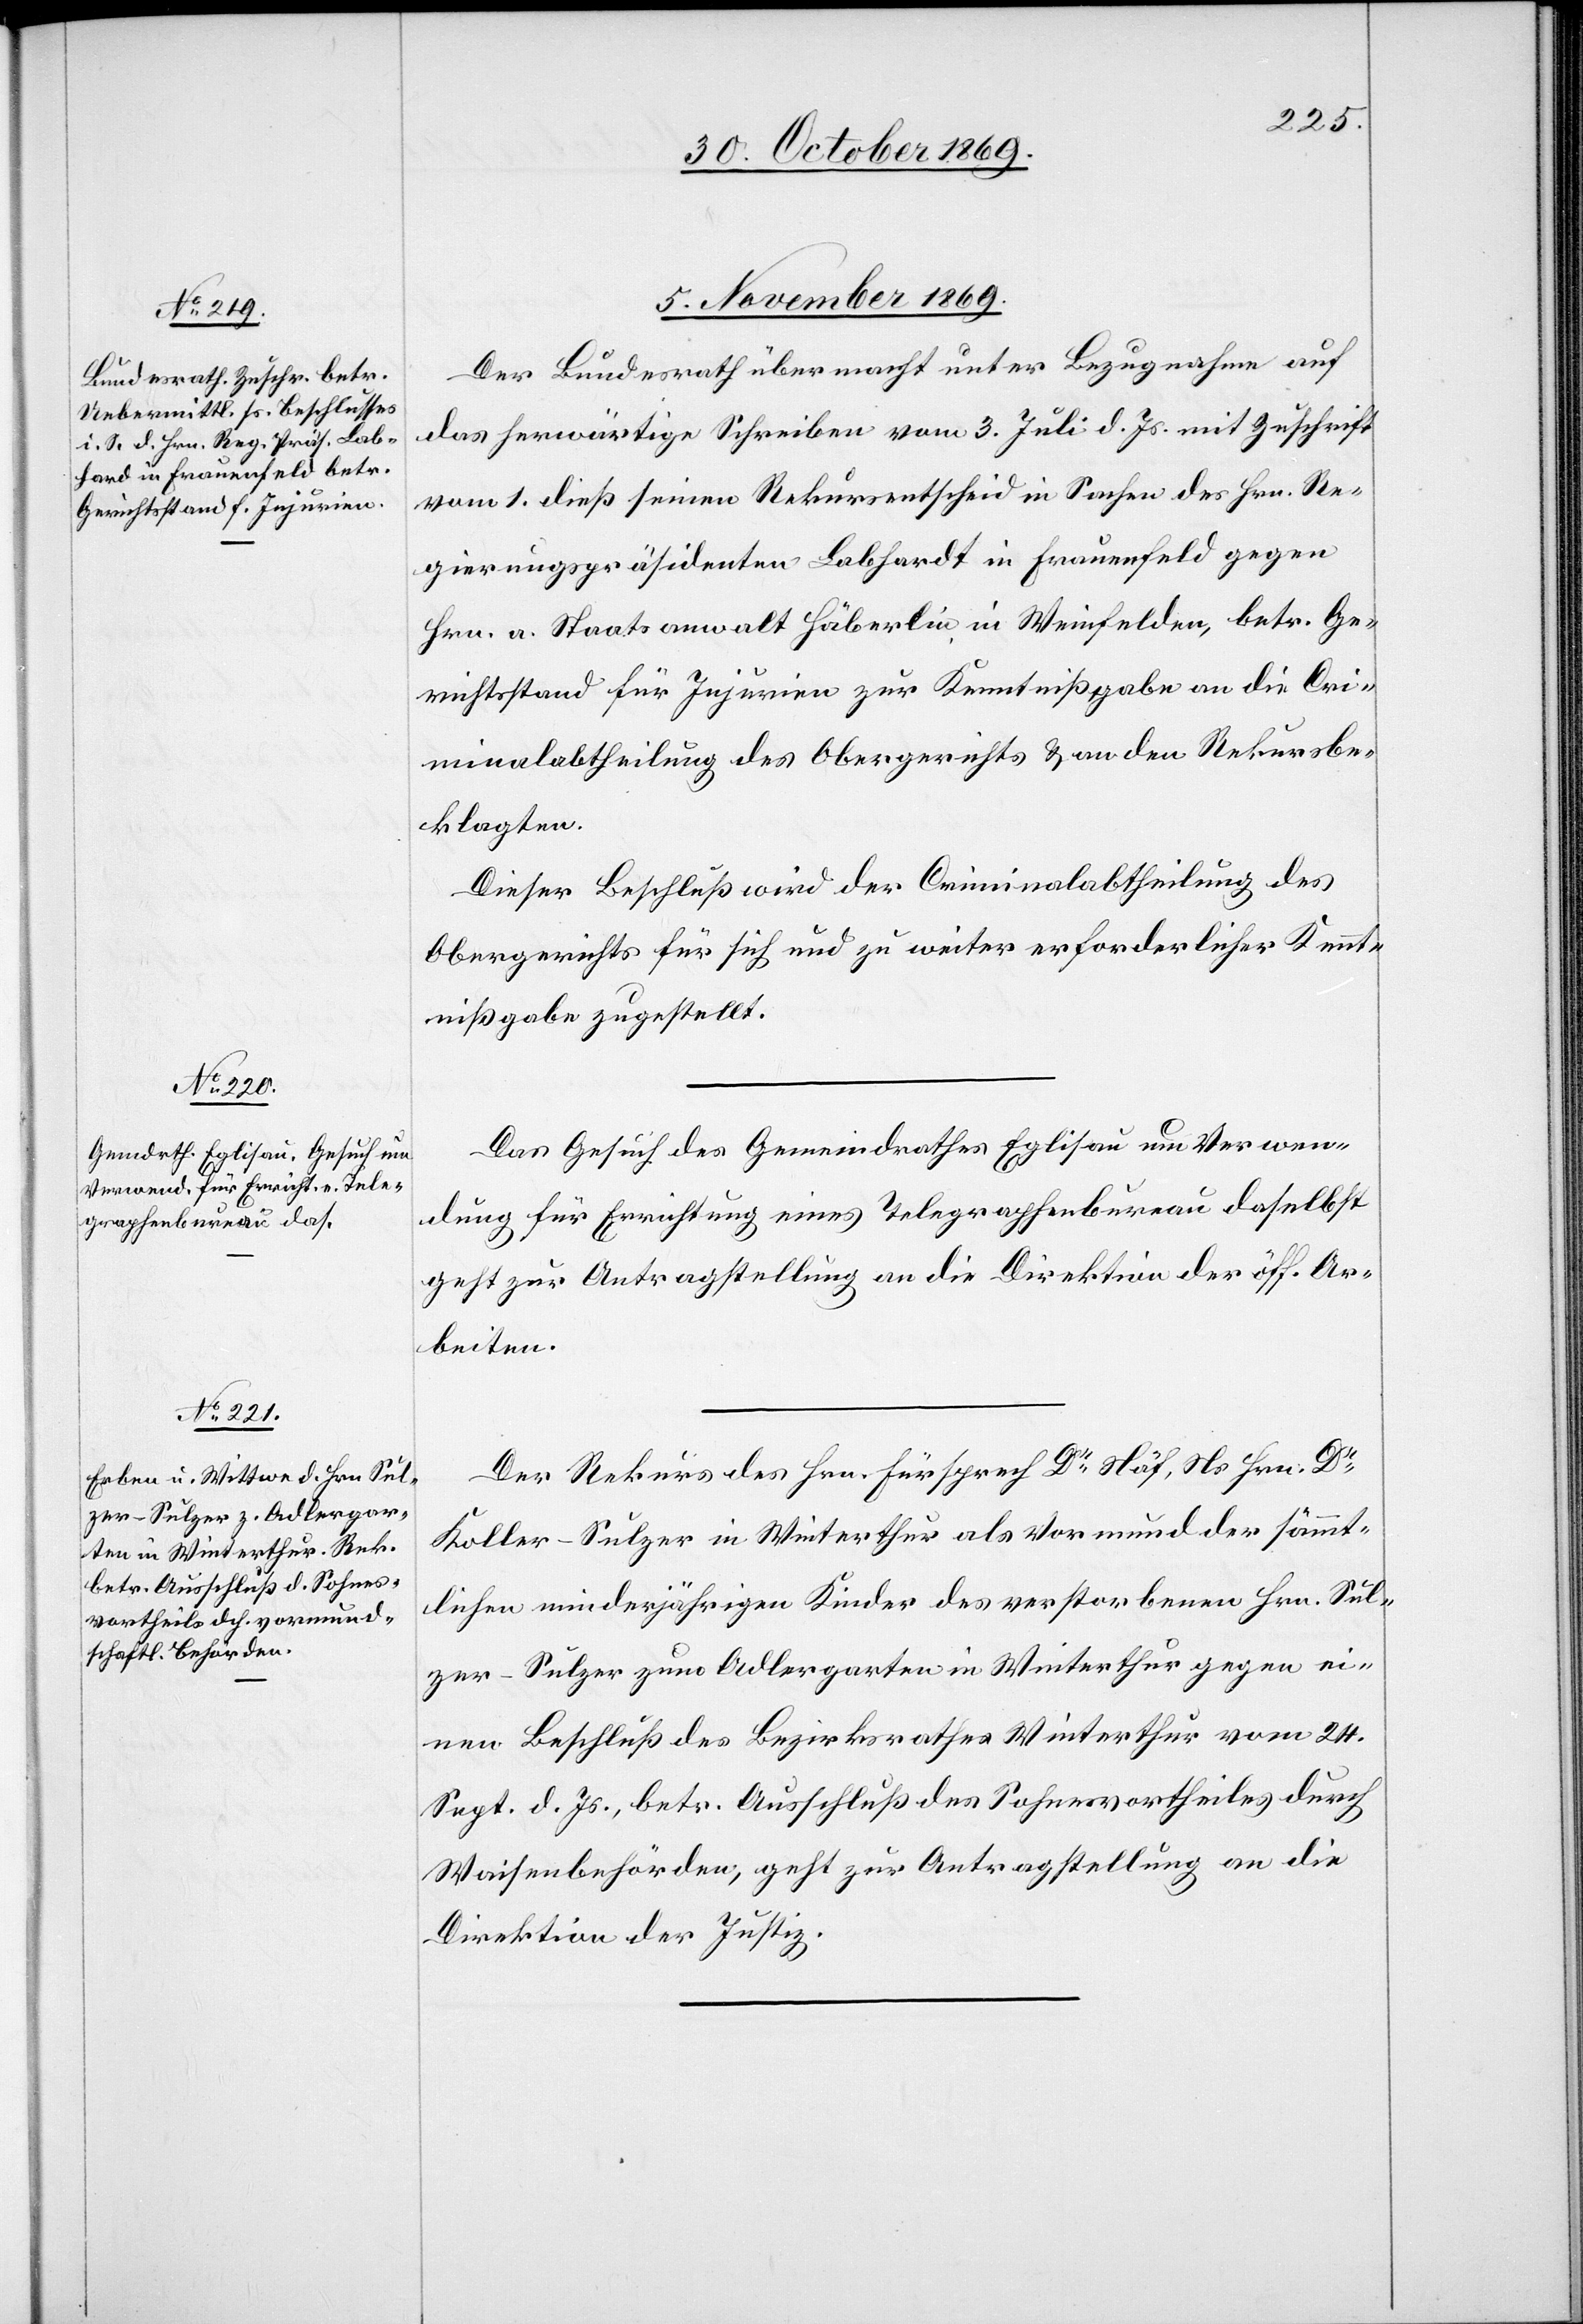
5. November 1869.]
Der Bundesrath übermacht unter Bezugnahme auf
das herwärtige Schreiben vom 3. Juli d. Js. mit Zuschrift
vom 1. dieß seinen Rekursentscheid in Sachen des Hrn. Re¬
gierungspräsidenten Labhardt [sic!] in Frauenfeld gegen
Hrn. a. Staatsanwalt Häberlin in Weinfelden, betr. Ge¬
richtsstand für Injurien zur Kenntnißgabe an die Cri¬
minalabtheilung des Obergerichts & an den Rekursbe¬
klagten.
Dieser Beschluß wird der Criminalabtheilung des
Obergerichts für sich und zu weiter erforderlicher Kennt¬
nißgabe zugestellt.
Das Gesuch des Gemeindrathes Eglisau um Verwen¬
dung für Errichtung eines Telegraphenbureau daselbst
geht zur Antragstellung an die Direktion der öff. Ar¬
beiten.
Der Rekurs des Hrn. Fürsprech Dr Näf, Ns. Hrn. Dr
Koller-Sulzer in Winterthur als Vormund der sämmt¬
lichen minderjährigen Kinder des verstorbenen Hrn. Sul¬
zer-Sulzer zum Adlergarten in Winterthur gegen ei¬
nen Beschluß des Bezirksrathes Winterthur vom 24.
Sept. d. Js., betr. Ausschluß des Sohnesvortheiles durch
Waisenbehörden, geht zur Antragstellung an die
Direktion der Justiz.